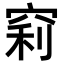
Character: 𥦉